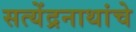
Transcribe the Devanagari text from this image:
सत्येंद्रनाथांचे